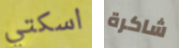
اسكتي شاكرة